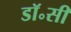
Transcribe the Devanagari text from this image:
डॉ॰सी